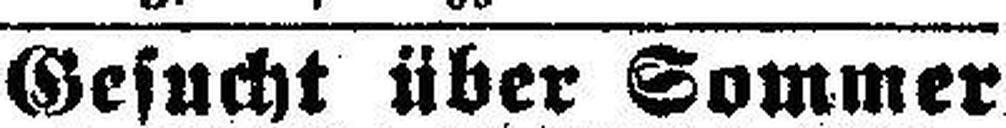
Gesucht über Sommer